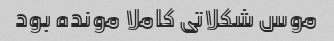
موس شکلاتی کاملا مونده بود